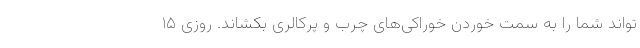
‌تواند شما را به سمت خوردن خوراکی‌های چرب و پرکالری بکشاند. روزی ۱۵